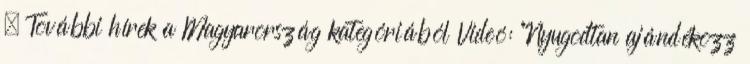
. További hírek a Magyarország kategóriából Videó: “Nyugodtan ajándékozz